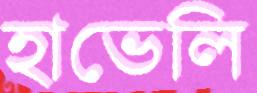
হাভেলি